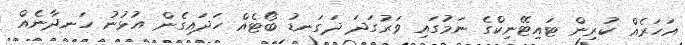
އަހަރެއް ކުރިން ޓައިޓޭނިކްގެ ނަމުގައި ވަރުގަދަ ދަގަނޑު ބޯޓެއް ހަދައިގެން އުޅުނު ހަނދާނެއް